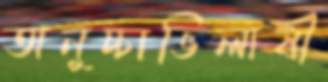
অনুচ্চাভিলাষী